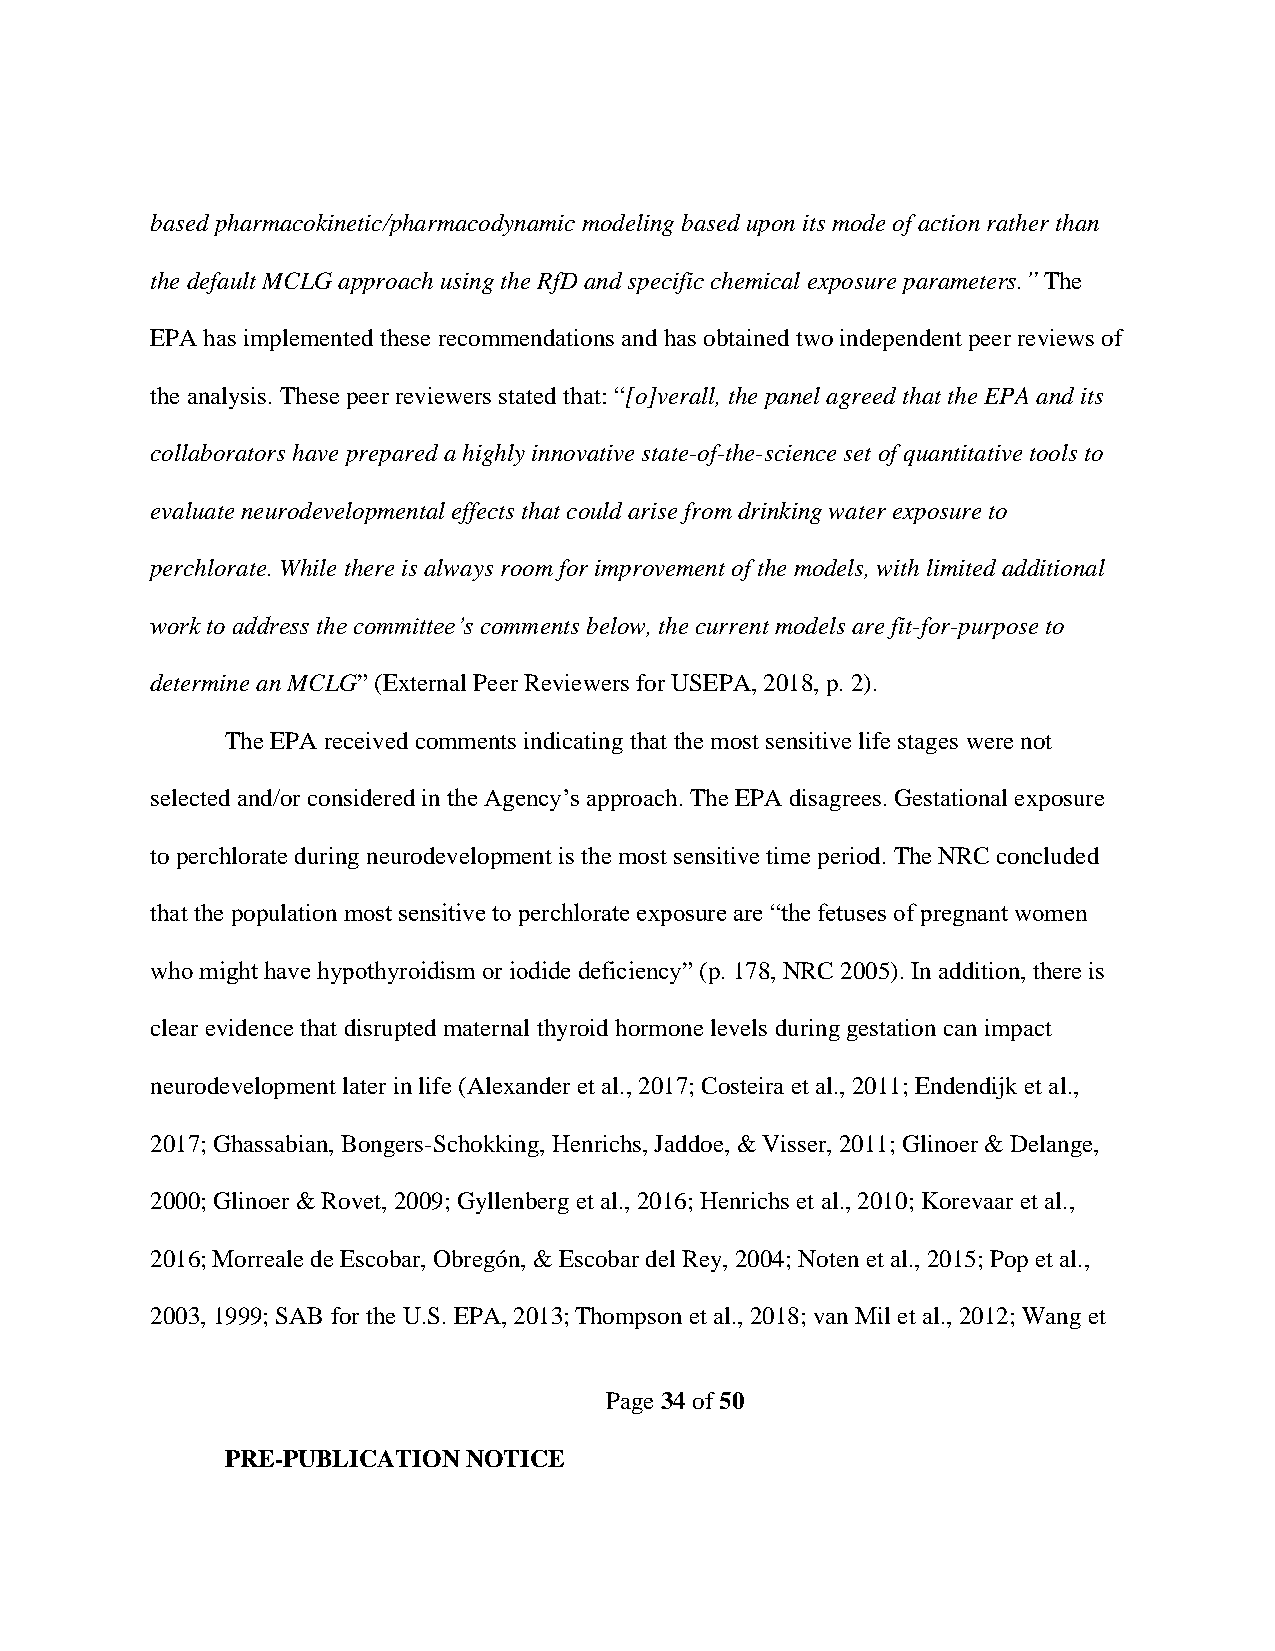
based pharmacokinetic/pharmacodynamic modeling based upon its mode of action rather than
 the default MCLG approach using the RfD and specific chemical exposure parameters.” The
 EPA has implemented these recommendations and has obtained two independent peer reviews of
 the analysis. These peer reviewers stated that: “[o]verall, the panel agreed that the EPA and its
 collaborators have prepared a highly innovative state-of-the-science set of quantitative tools to
 evaluate neurodevelopmental effects that could arise from drinking water exposure to
 perchlorate. While there is always room for improvement of the models, with limited additional
 work to address the committee’s comments below, the current models are fit-for-purpose to
 determine an MCLG” (External Peer Reviewers for USEPA, 2018, p. 2).
 The EPA received comments indicating that the most sensitive life stages were not
 selected and/or considered in the Agency’s approach. The EPA disagrees. Gestational exposure
 to perchlorate during neurodevelopment is the most sensitive time period. The NRC concluded
 that the population most sensitive to perchlorate exposure are “the fetuses of pregnant women
 who might have hypothyroidism or iodide deficiency” (p. 178, NRC 2005). In addition, there is
 clear evidence that disrupted maternal thyroid hormone levels during gestation can impact
 neurodevelopment later in life (Alexander et al., 2017; Costeira et al., 2011; Endendijk et al.,
 2017; Ghassabian, Bongers-Schokking, Henrichs, Jaddoe, & Visser, 2011; Glinoer & Delange,
 2000; Glinoer & Rovet, 2009; Gyllenberg et al., 2016; Henrichs et al., 2010; Korevaar et al.,
 2016; Morreale de Escobar, Obregón, & Escobar del Rey, 2004; Noten et al., 2015; Pop et al.,
 2003, 1999; SAB for the U.S. EPA, 2013; Thompson et al., 2018; van Mil et al., 2012; Wang et
 Page 34 of 50
 PRE-PUBLICATION NOTICE